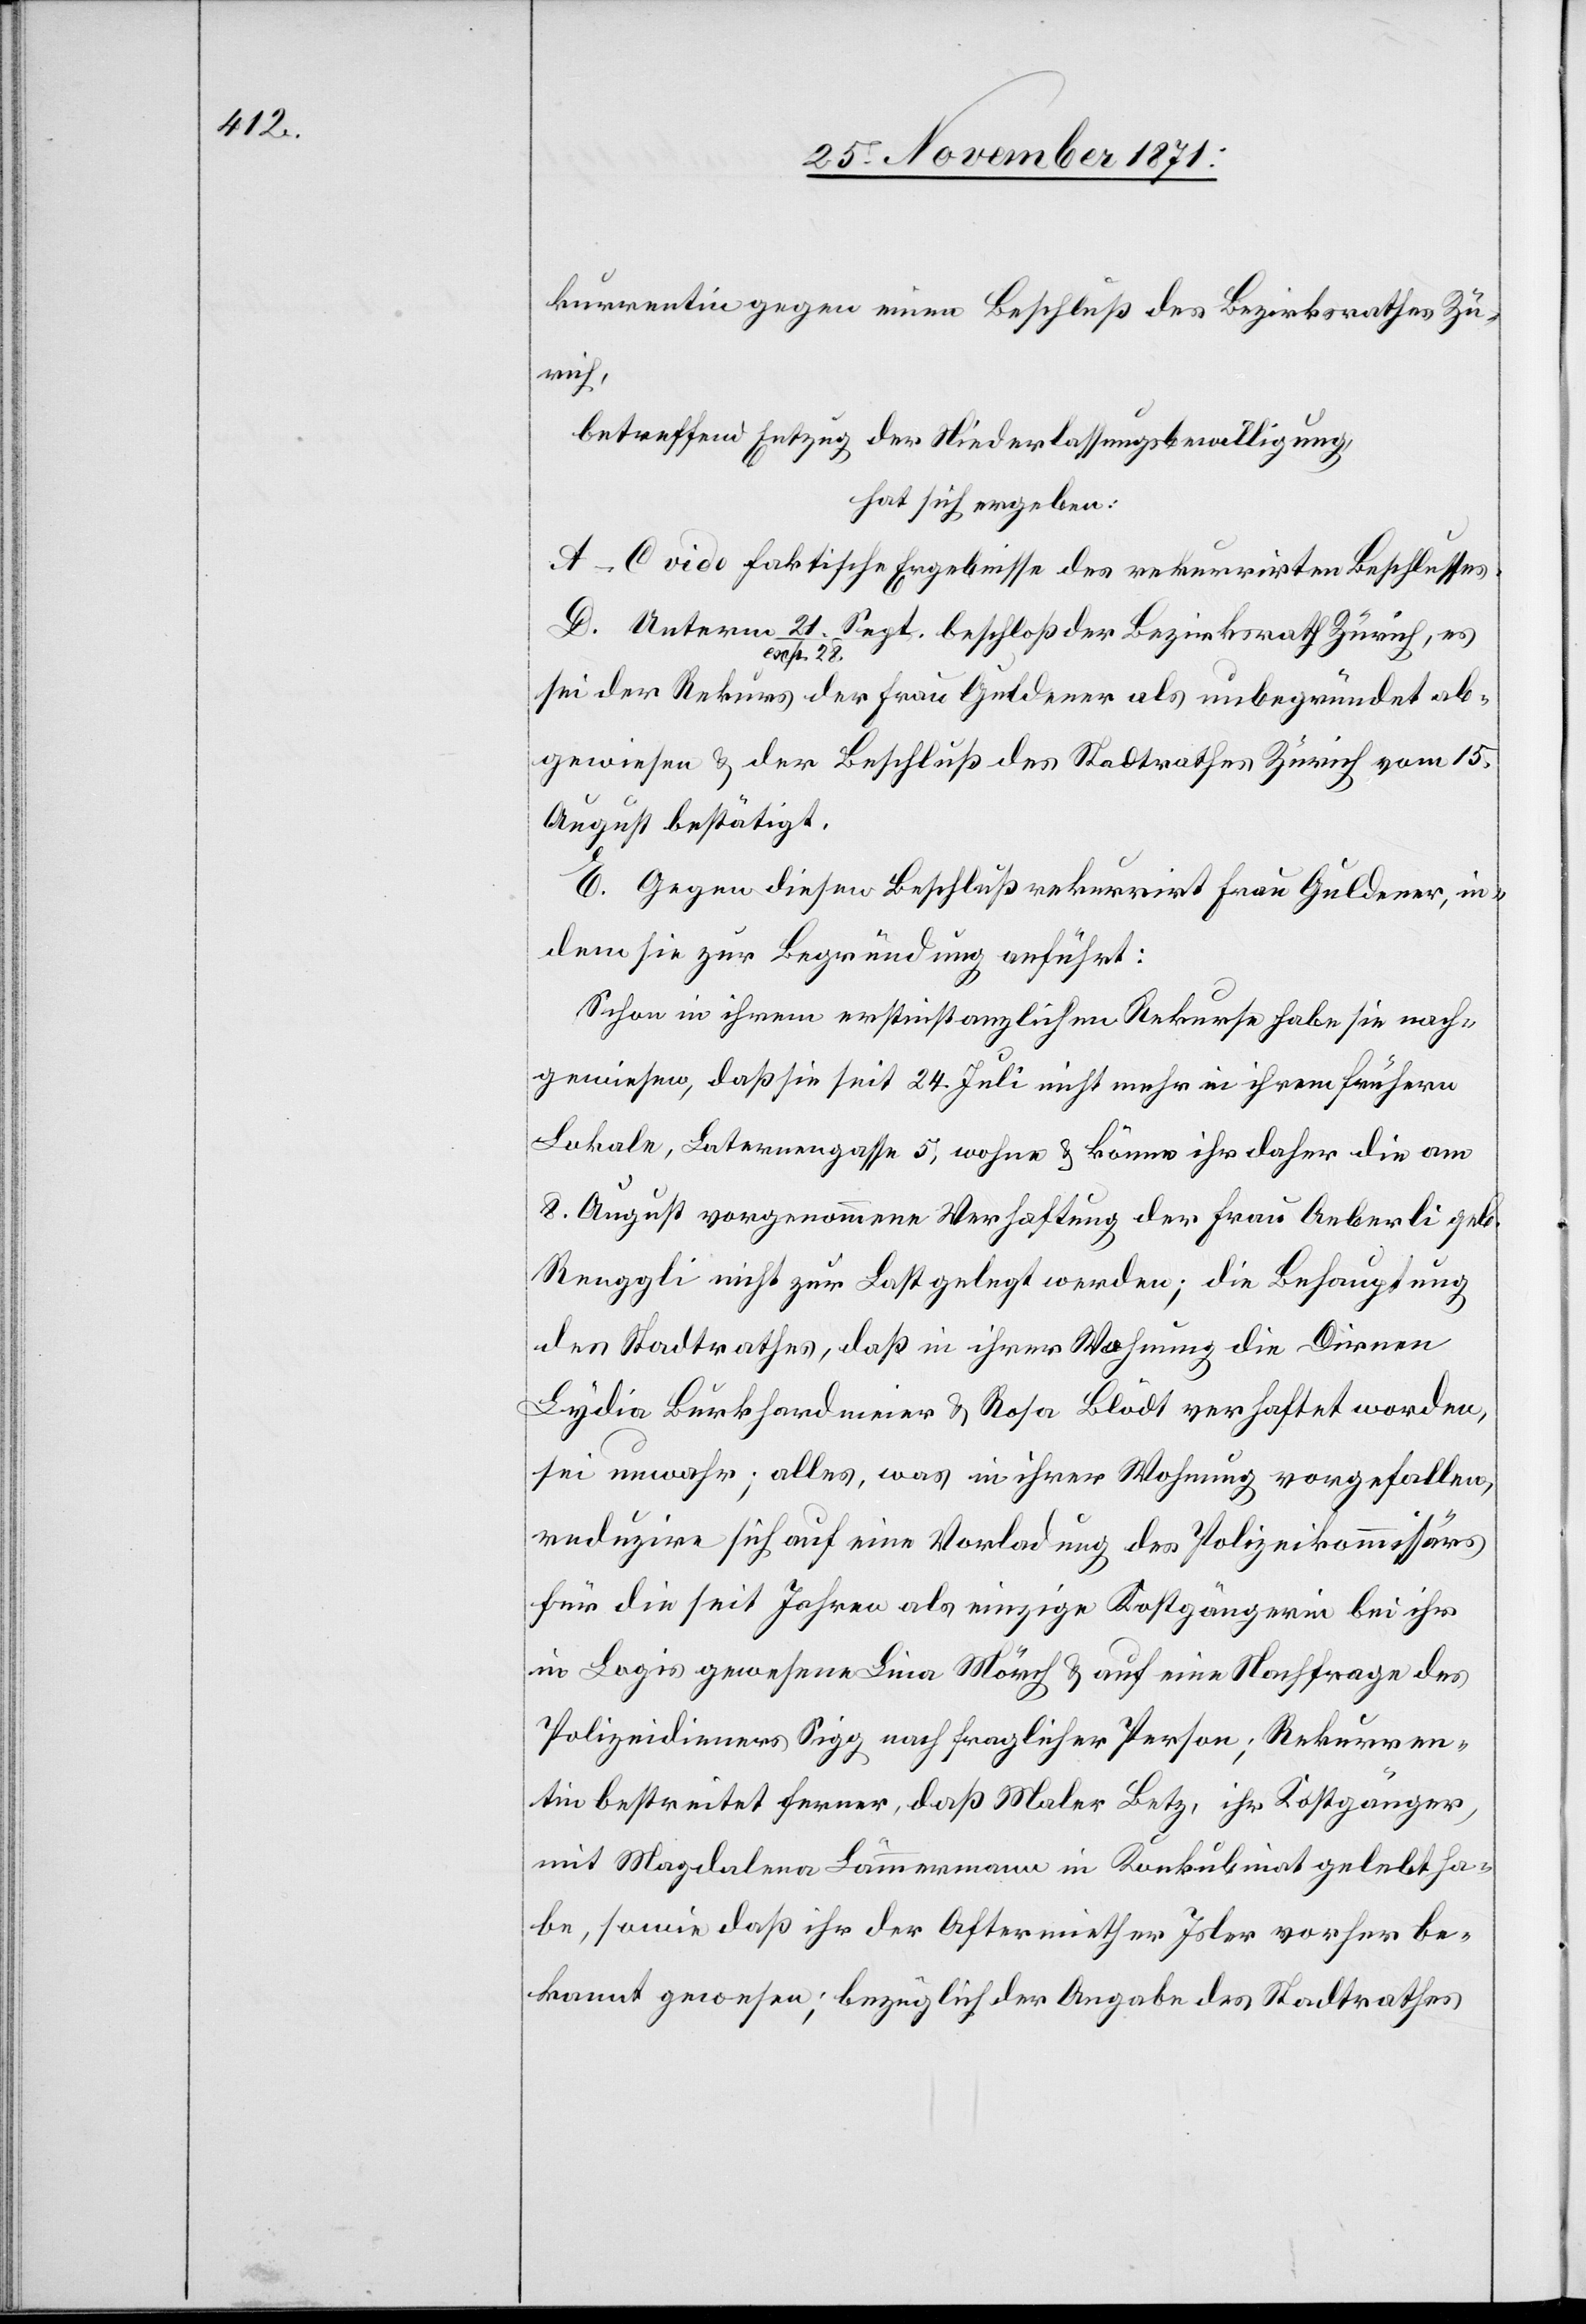
21.

kurrentin gegen einen Beschluß des Bezirksrathes Zü¬
Zürich,
betreffend Entzug der Niederlassungsbewilligung
hat sich ergeben:
A–C vide faktische Ergebnisse des rekurrirten Beschlusses.
exp. 28.
sei der Rekurs der Frau Guldener als unbegründet ab¬
gewiesen & der Beschluß des Stadtrathes Zürich vom 15.
August bestätigt.
E. Gegen diesen Beschluß rekurrirt Frau Guldener, in¬
dem sie zur Begründung anführt:
Schon in ihrem erstinstanzlichen Rekurse habe sie nach¬
gewiesen, daß sie seit 24. Juli nicht mehr in ihrem frühern
Lokale, Laternengasse 5, wohne & könne ihr daher die am
8. August vorgenommene Verhaftung der Frau Aeberli geb.
Renggli nicht zur Last gelegt werden; die Behauptung
des Stadtrathes, daß in ihrer Wohnung die Dirnen
Lydia Burkhardmeier & Rosa Blödt verhaftet worden,
sei unwahr; alles, was in ihrer Wohnung vorgefallen,
reduzire sich auf eine Vorladung des Polizeikommissärs
für die seit Jahren als einzige Kostgängerin bei ihr
in Logis gewesene Lina Mörch & auf eine Nachfrage des
Polizeidieners Sigg nach fraglicher Person; Rekurren¬
tin bestreitet ferner, daß Maler Betz, ihr Kostgänger,
mit Magdalena Baumann im Konkubinat gelebt ha¬
be, sowie daß ihr der Aftermiether Isler vorher be¬
kannt gewesen; bezüglich der Angabe des Stadtrathes